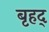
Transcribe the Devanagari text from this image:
बृहद्‌